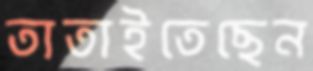
তাতাইতেছেন